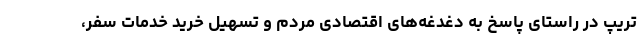
تریپ در راستای پاسخ به دغدغه‌های اقتصادی مردم و تسهیل خرید خدمات سفر،